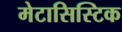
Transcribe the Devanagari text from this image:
मेटासिस्टिक